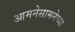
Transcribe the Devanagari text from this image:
आमनेसामनेच्या